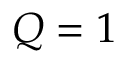
Q = 1